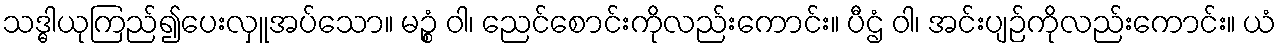
သဒ္ဓါယုကြည်၍ပေးလှူအပ်သော။ မဉ္စံ ဝါ၊ ညေင်စောင်းကိုလည်းကောင်း။ ပီဌံ ဝါ၊ အင်းပျဉ်ကိုလည်းကောင်း။ ယံ